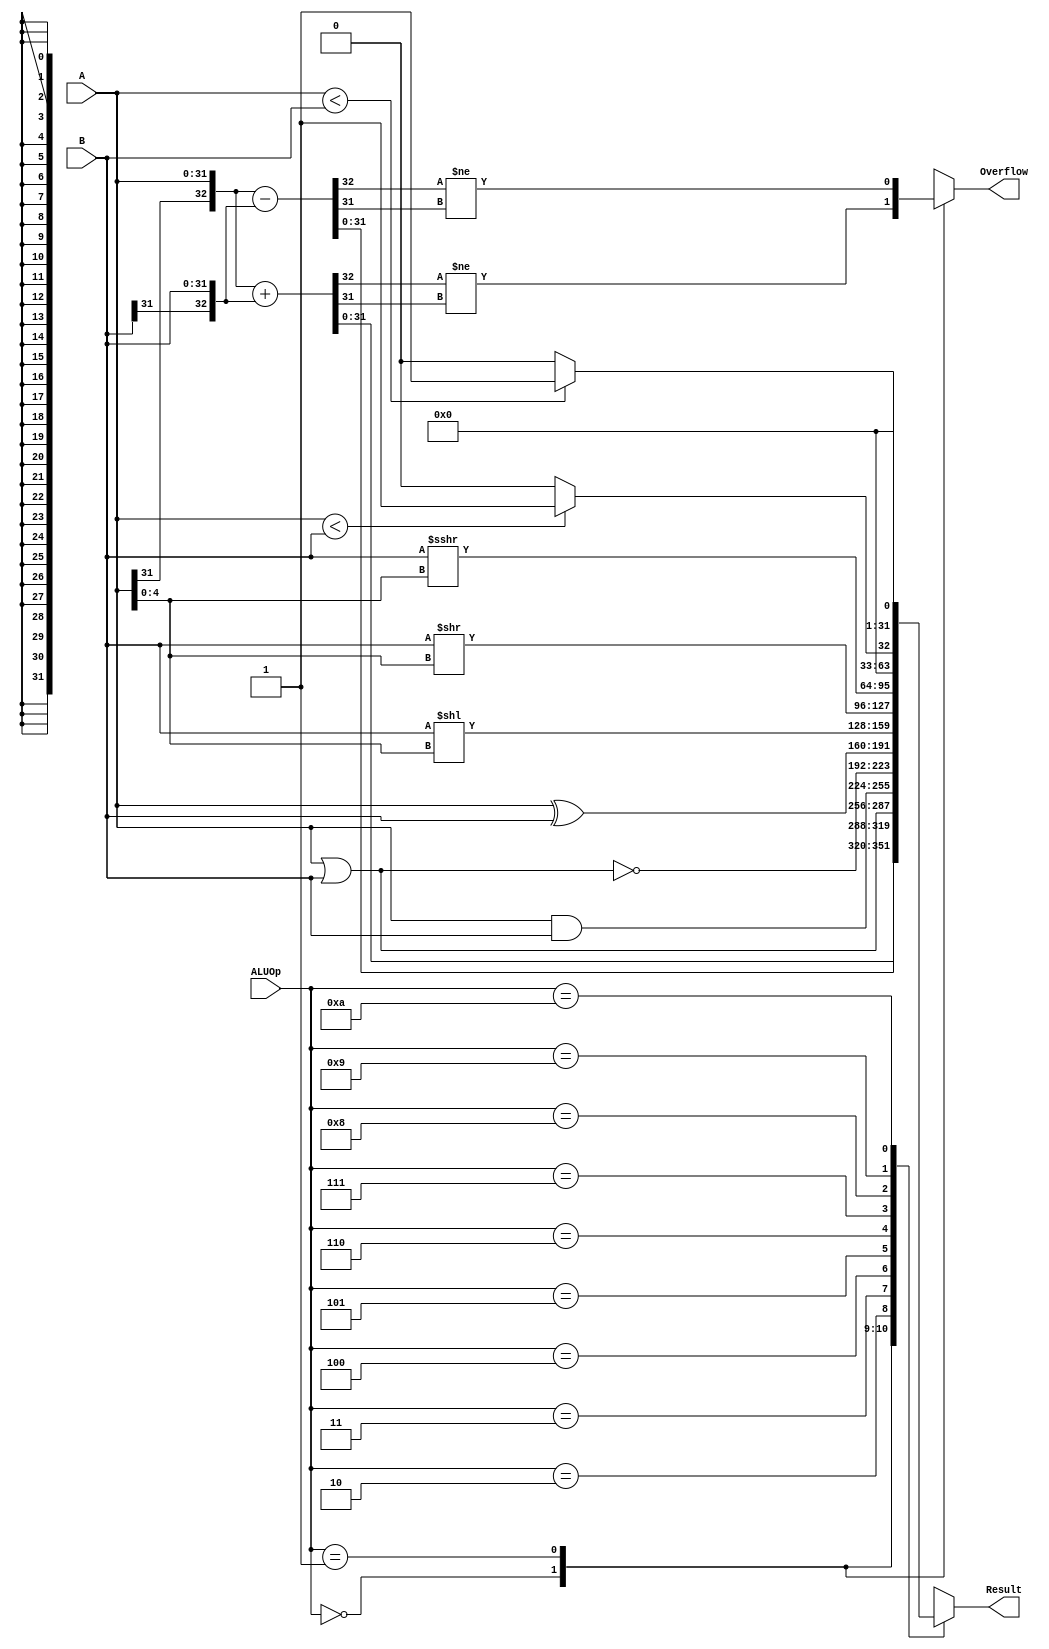
`timescale 1ns / 1ps
//////////////////////////////////////////////////////////////////////////////////
// Company: 
// Engineer: 
// 
// Design Name: 
// Module Name:    ALU 
// Project Name: 
// Target Devices: 
// Tool versions: 
// Description: 
//
// Dependencies: 
//
// Revision: 
// Revision 0.01 - File Created
// Additional Comments: 
//
//////////////////////////////////////////////////////////////////////////////////
module ALU(
    input [31:0] A,
    input [31:0] B,
    input [3:0] ALUOp,
    output reg [31:0] Result, 
	 output reg Overflow
    );

	parameter PLUS = 4'b0000,
	          MINUS = 4'b0001,
				 OR = 4'b0010,
				 AND = 4'b0011,
				 NOR = 4'b0100,
				 XOR = 4'b0101,
				 SLL = 4'b0110,
				 SRL = 4'b0111,
				 SRA = 4'b1000,
				 SLT = 4'b1001,
				 SLTU = 4'b1010;
	
	always @ * begin
		case (ALUOp)
			PLUS: begin
				{Overflow, Result} = {A[31], A} + {B[31], B};
				Overflow = (Overflow != Result[31]);
			end
			MINUS: begin
				{Overflow, Result} = {A[31], A} - {B[31], B};
				Overflow = (Overflow != Result[31]);
			end
			OR: begin
				Result = A | B;
				Overflow = 1'bx;
			end
			AND: begin
				Result = A & B;
				Overflow = 1'bx;
			end
			NOR: begin
				Result = ~(A | B);
				Overflow = 1'bx;
			end
			XOR: begin
				Result = A ^ B;
				Overflow = 1'bx;
			end
			SLL: begin
				Result = B << A[4:0];
				Overflow = 1'bx;
			end
			SRL: begin
				Result = B >> A[4:0];
				Overflow = 1'bx;
			end
			SRA: begin
				Result = $signed(B) >>> A[4:0];
				Overflow = 1'bx;
			end
			SLT: begin
				Result = ($signed(A) < $signed(B)) ? 1 : 0;
				Overflow = 1'bx;
			end
			SLTU: begin
				Result = (A < B) ? 1 : 0;
				Overflow = 1'bx;
			end
			default: {Overflow, Result} = 33'bx;
		endcase
	end

endmodule